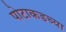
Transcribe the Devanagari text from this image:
पोटाकडच्या